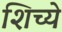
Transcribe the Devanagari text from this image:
शिच्ये